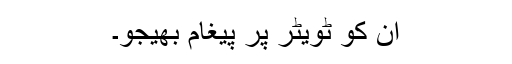
ان کو ٹویٹر پر پیغام بھیجو۔